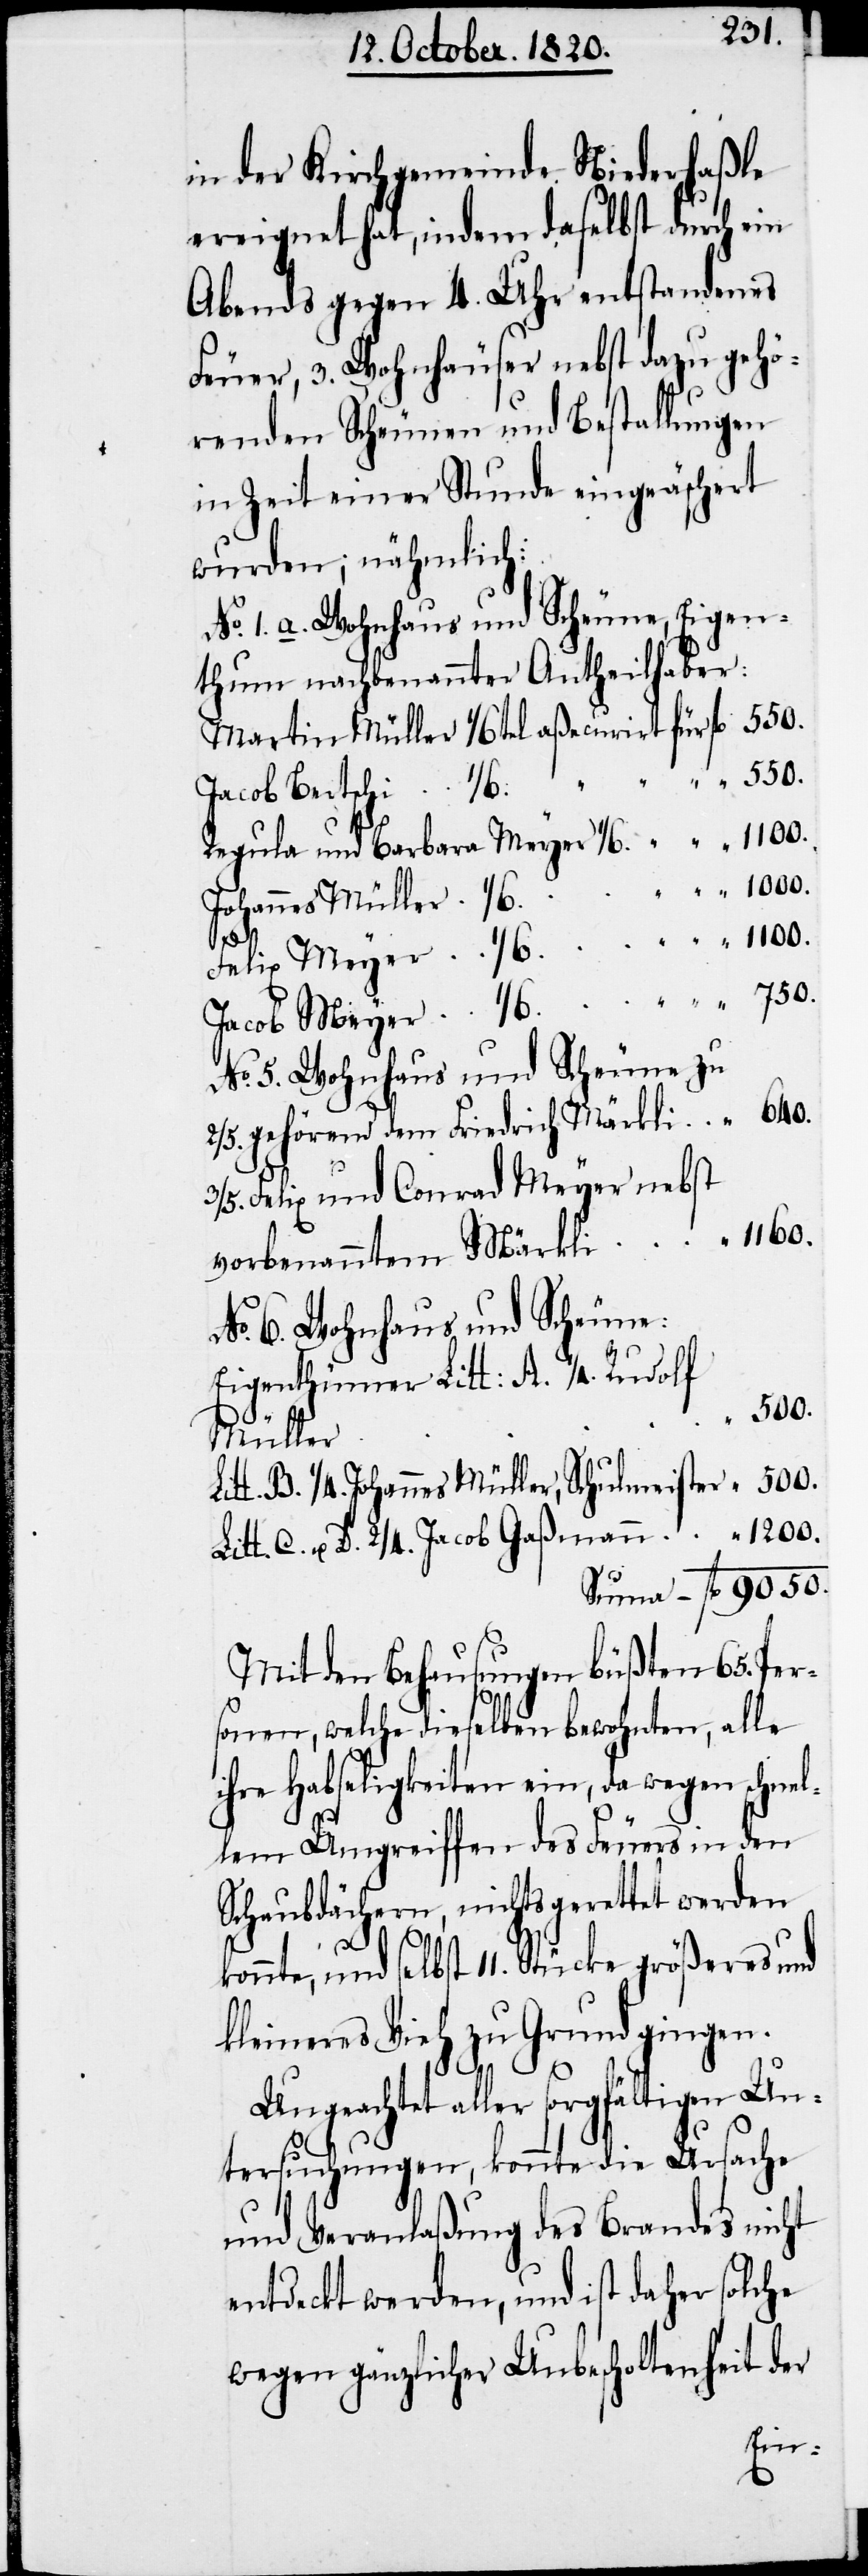
in der Kirchgemeinde Niederhaßle
ereignet hat, indem daselbst durch ein
Abends gegen 4. Uhr entstandenes
Feuer, 3. Wohnhäuser nebst dazu gehö¬
renden Scheunen und Bestallungen
in Zeit einer Stunde eingeäschert
wurden; nähmlich:
No 1. a. Wohnhaus und Scheune Eigen¬
thum nachbenannten Antheilhaber:
Martin Müller 	1/6tel aßecurirt für 	fl	550.
Jacob Bertschi
Regula und Barbara Meyer 1/6 “		“	1100.
No. 5. Wohnhaus und Scheune zu
2/5. gehörend dem Friedrich Märkli	“	640.
Felix und Conrad Meyer nebst
vorbenanntem Märkli	“	1160.
No. 6. Wohnhaus und Scheune:
Eigenthümer Litt: A. 1/4. Rudolf
B. 1/4. Johannes Müller, Schulmeister	“	500.
Litt. C. u. D. 2/4. Jacob Gaßmann	“	1200.
Summe	fl	9050.
Mit den Behausungen büßten 65. Per¬
sonen, welche dieselben bewohnten, alle
ihre Habseligkeiten ein, da wegen schnel¬
lem Umgreiffen des Feuers in den
Schaubdächern, nichts gerettet werden
konnte, und selbst 11. Stücke größeres und
kleineres Vieh zu Grund gingen.
Ungeachtet aller sorgfältigen Un¬
tersuchungen, konnte die Ursache
und Veranlaßung des Brandes nicht
entdeckt werden, und ist daher solche
wegen gänzlicher Unbescholtenheit der